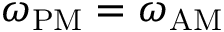
\omega _ { \mathrm { P M } } = \omega _ { \mathrm { A M } }